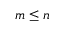
m \leq n